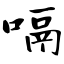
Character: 嗝